Calcutta medical institutions reports 1871-78
Year: 1871
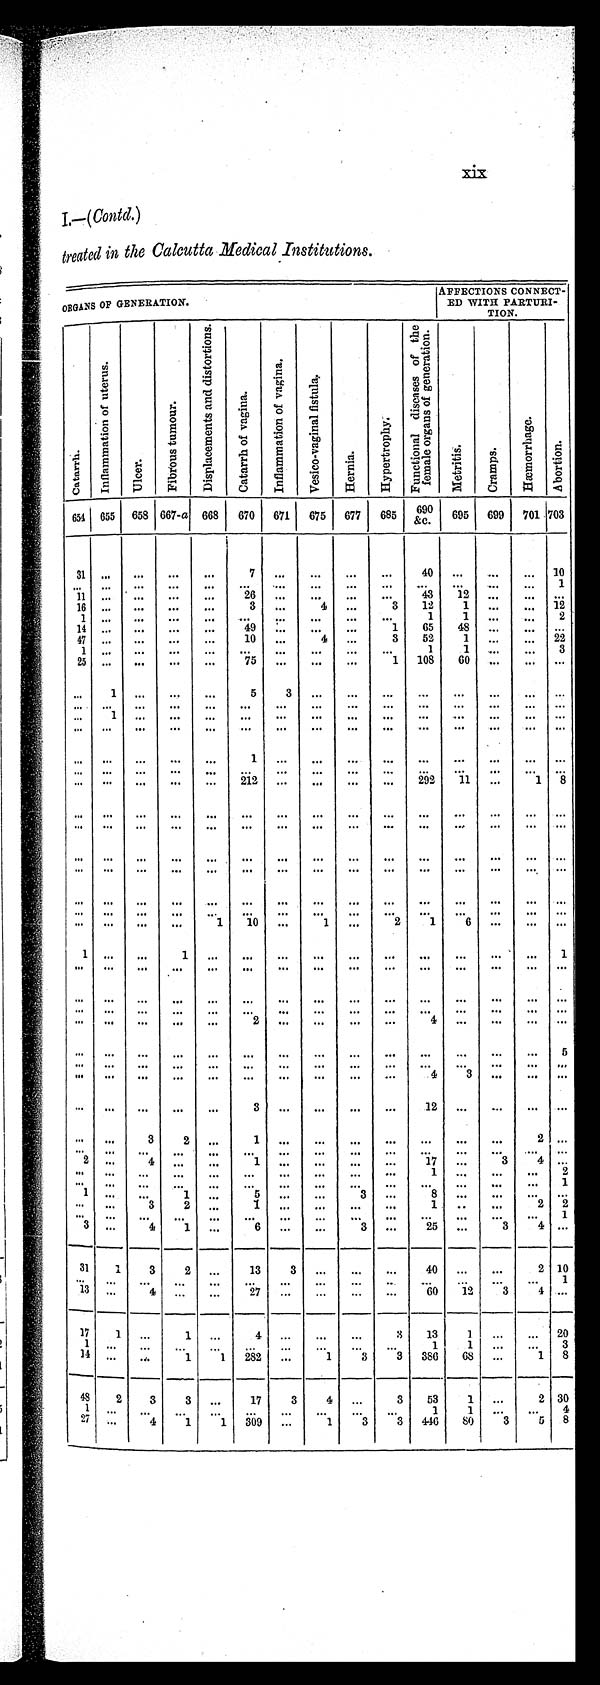
I.—(Contd.)
treated is the Calcutta .Medical Institutions.
ORGANS OF GENERATION.
AFFECTIONS CONNECT-
ED WITH PARTURI-
TION.
C a t a r r h .
I n f l a m m a t i o n o f u t e r u s .
U l c e r .
F i b r o u s t u m o u r
D i s p l a c e m e n t s a n d d i s t o r t i o n s .
C a t a r r h o f v a g i n a .
I n f l a m m a t i o n o f v a g i n a .
V e s i c o - v a g i n a l f i s t u l a .
H e r n i a .
H y p e r t r o p h y .
F u n c t i o n a l d i s e a s e o f t h e f e m a l e o r g a n s o f g e n e r a t i o n .
M e t r i t i s .
C r a m p s .
H æ m o r r h a g e .
A b o r t i o n .
654 655 658 667-a 668 670 671 675 677 685
6 9 0
& c 695 699 701 703
31
. . .
. . .
. . .
...
7
. . .
...
...
...
40 ...
. . .
... 10
...
. . .
...
...
...
...
...
...
...
...
...
...
...
...
1
11 ...
...
...
...
26 ...
...
...
...
43
12 ...
. . .
. . .
16
. . . . . .
. . . ...
3 ...
4 ...
3
12
1
. . .
. . . 12
1
. . . . . .
. . . ...
...
...
. . . ... ...
1
1 ...
... 2
14
. . . . . .
. . . ...
49
. . .
. . .
. . .
1
65
48
... ...
. . .
47 ...
...
...
...
10 ...
4 ...
3
52
1 ...
... 22
1
. . .
. . .
. . . ...
...
...
. . . ... ...
1
1 ...
...
3
25
. . .
. . .
. . . ...
75 ...
...
...
1 108
60 ...
... ...
...
1 ...
...
...
5
3 ...
...
...
...
...
...
... ...
...
. . .
. . .
. . . ...
... ...
. . .
. . .
. . .
. . .
. . .
. . .
. . . . . .
... 1 ...
...
...
...
...
...
...
...
...
...
...
... ...
... ...
. . .
. . .
. . .
. . .
. . .
. . .
. . . ...
. . .
. . .
...
... ...
...
. . . ...
...
...
1
. . .
. . .
. . .
. . .
. . .
. . .
. . .
... ...
. . . . . .
. . .
. . .
. . .
...
. . .
...
. . .
. . . ...
...
. . .
... ...
...
. . .
. . .
. . . ...
212 ...
. . .
...
...
. . .
. . .
...
1 8
...
. . .
. . .
. . . ...
...
...
...
...
...
...
...
. . .
. . . . . .
. . . ...
. . .
...
...
...
. . .
...
...
...
...
. . .
. . .
... ...
. . . ...
...
...
...
...
. . .
. . .
. . .
. . .
. . .
. . .
. . .
... ...
. . . ...
...
...
...
...
. . .
...
...
...
...
...
. . .
...
. . .
. . . . . .
. . .
. . .
...
. . .
. . .
...
...
...
...
...
...
... ...
...
...
...
...
. . .
. . .
. . .
. . .
. . .
...
. . .
. . .
. . .
. . . . . .
. . . . . .
. . .
. . .
1
10
. . .
1
. . .
2
1
6 ...
...
. . .
1
. . .
. . .
1
. . . ...
...
. . . ... ...
. . .
. . .
...
...
1
...
. . .
. . .
. . .
. . . ...
...
. . .
. . .
. . .
. . .
. . .
. . .
. . . . . .
. . . . . .
. . .
. . .
. . . ...
...
. . .
. . .
. . .
. . .
. . .
. . .
. . . ...
. . . . . .
. . .
. . .
. . .
. . .
. . .
. . .
...
. . . ...
. . .
. . .
. . . . . .
...
. . .
. . .
. . . ...
2
. . .
. . . ...
...
4 ...
...
... ...
... . . .
. . .
. . .
. . .
. . .
. . .
...
...
...
...
...
...
...
5
. . . ...
...
...
...
...
. . .
...
...
...
...
...
...
...
. . .
...
. . .
. . .
. . . ...
...
...
. . .
. . .
. . .
4
3 ...
...
. . .
...
. . .
. . .
. . . ...
3
. . .
...
...
. . .
12
. . .
...
...
. . .
. . . ...
3
2
. . .
1
. . .
...
. . . ...
...
...
...
2 ...
. . . . . .
. . .
. . .
...
...
...
...
...
...
...
...
...
... ...
2
. . .
4
. . .
. . .
1 ...
...
...
...
17 ...
3
4 . . .
...
. . .
. . .
. . . ...
...
...
. . .
...
...
1
. . .
. . .
...
. . .
...
...
. . .
...
...
...
. . .
. . .
. . .
. . .
. . .
. . .
. . .
. . . 1
1
. . .
. . .
1
. . .
5 ...
. . .
3 ...
8
. . . ...
...
. . .
...
. . .
3
2 ...
1 ...
...
. . . ...
1
. . .
...
... 2
...
...
...
...
...
...
...
...
...
...
...
...
...
...
1
3
. . .
4
1 ...
6 ...
...
3 ...
25 ...
3
4 ...
3 1 1
3
2 ...
13
3
. . . ...
...
40 ...
...
2 10
...
. . .
. . .
. . .
...
...
...
. . .
. . .
. . .
. . .
. . . ...
...
1
1 3 . . .
4
. . .
. . .
2 7
. . .
. . .
. . .
. . .
6 0
1 2
3
4 . . .
1 7 1
. . .
1
. . .
4
. . .
. . .
. . .
3
1 3
1
. . .
. . . 2 0
1
. . .
. . .
. . .
. . .
. . .
. . .
. . .
. . .
. . .
1
1
. . .
. . .
3
1 4 . . .
. . .
1
1
282
. . .
1
3
3
3 8 6
6 8
. . .
1
8
4 8 2
3
3
. . .
1 7
3
4
. . .
3
5 3
1
. . .
2 3 0
1
. . .
. . .
. . .
. . .
. . .
. . .
. . .
... ...
1
1
. . .
. . .
4
2 7 . . .
4
1
1
309
. . .
1
3
3
4 4 6
8 0
3
5
8